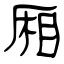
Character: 厢